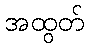
အထွတ်